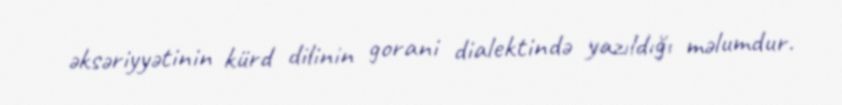
əksəriyyətinin kürd dilinin gorani dialektində yazıldığı məlumdur.